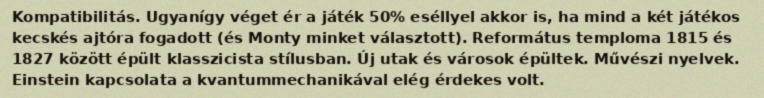
Kompatibilitás. Ugyanígy véget ér a játék 50% eséllyel akkor is, ha mind a két játékos kecskés ajtóra fogadott (és Monty minket választott). Református temploma 1815 és 1827 között épült klasszicista stílusban. Új utak és városok épültek. Művészi nyelvek. Einstein kapcsolata a kvantummechanikával elég érdekes volt.